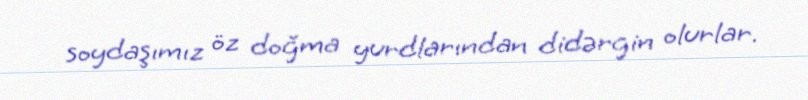
soydaşımız öz doğma yurdlarından didərgin olurlar.